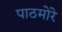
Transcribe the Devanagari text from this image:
पाठमोरे